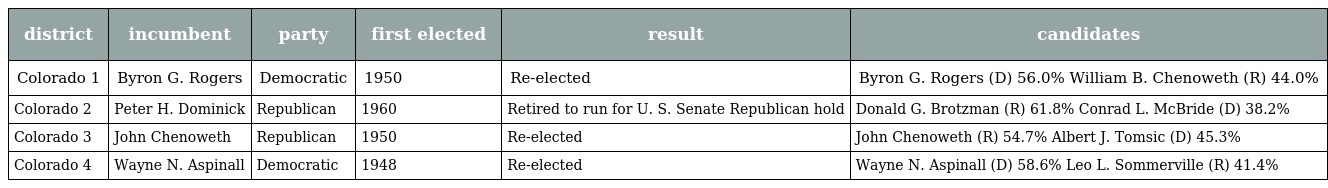
| district | incumbent | party | first elected | result | candidates |
 | --- | --- | --- | --- | --- | --- |
 | Colorado 1 | Byron G. Rogers | Democratic | 1950 | Re-elected | Byron G. Rogers (D) 56.0% William B. Chenoweth (R) 44.0% |
 | Colorado 2 | Peter H. Dominick | Republican | 1960 | Retired to run for U. S. Senate Republican hold | Donald G. Brotzman (R) 61.8% Conrad L. McBride (D) 38.2% |
 | Colorado 3 | John Chenoweth | Republican | 1950 | Re-elected | John Chenoweth (R) 54.7% Albert J. Tomsic (D) 45.3% |
 | Colorado 4 | Wayne N. Aspinall | Democratic | 1948 | Re-elected | Wayne N. Aspinall (D) 58.6% Leo L. Sommerville (R) 41.4% |